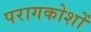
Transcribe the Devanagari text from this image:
परागकोशों